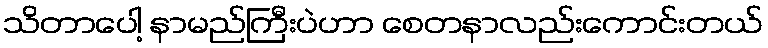
သိတာပေါ့ နာမည်ကြီးပဲဟာ စေတနာလည်းကောင်းတယ်